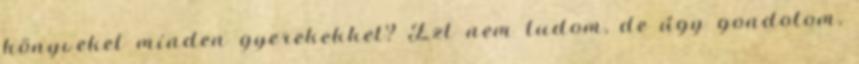
könyveket minden gyerekekkel? Ezt nem tudom, de úgy gondolom,